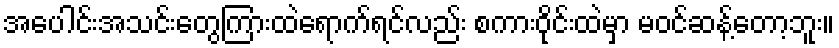
အပေါင်းအသင်းတွေကြားထဲရောက်ရင်လည်း စကားဝိုင်းထဲမှာ မဝင်ဆန့်တော့ဘူး။